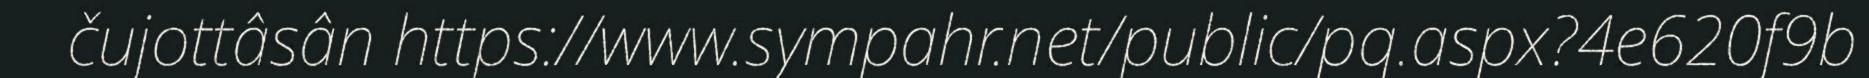
čujottâsân https://www.sympahr.net/public/pq.aspx?4e620f9b